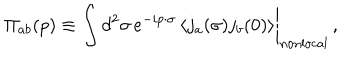
LaTeX: \Pi _ { a b } ( p ) \equiv \left. \int d ^ { 2 } \sigma \, e ^ { - i p \cdot \sigma } \left< j _ { a } ( \sigma ) j _ { b } ( 0 ) \right> \right| _ { \mathrm { n o n l o c a l } } \, ,